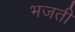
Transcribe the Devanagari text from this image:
भजती